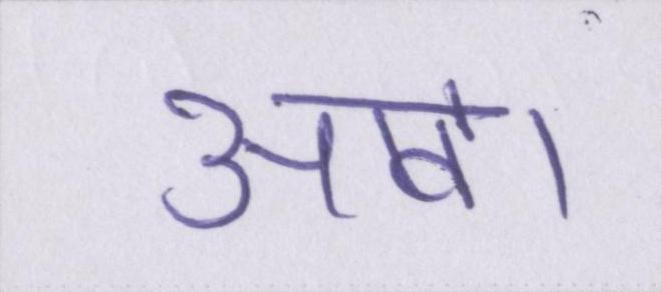
आवें।